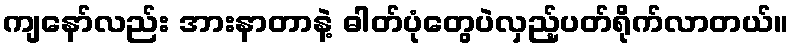
ကျနော်လည်း အားနာတာနဲ့ ဓါတ်ပုံတွေပဲလှည့်ပတ်ရိုက်လာတယ်။